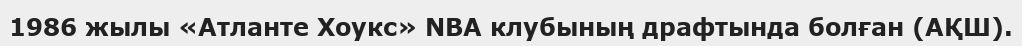
1986 жылы «Атланте Хоукс» NBА клубының драфтында болған (АҚШ).